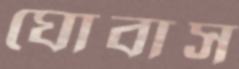
ঘোবাস